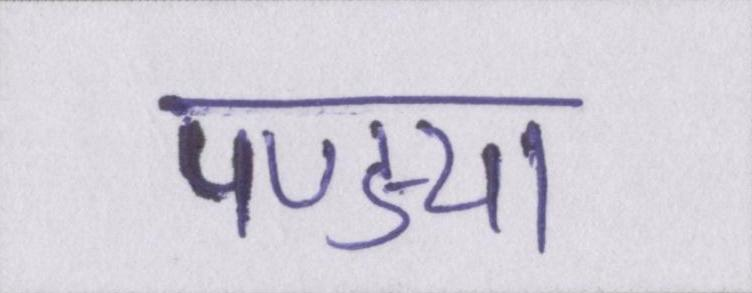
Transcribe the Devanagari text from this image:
पण्ड्या